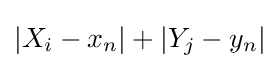
|X_{i}-x_{n}|+|Y_{j}-y_{n}|